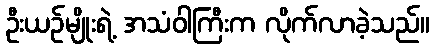
ဦးယဉ်မျိုးရဲ့ အသံဝါကြီးက လိုက်လာခဲ့သည်။